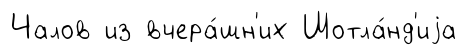
Чалов из вчера́шн'их Шотла́нд'иjа